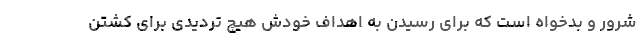
شرور و بدخواه است که برای رسیدن به اهداف خودش هیچ تردیدی برای کشتن